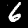
Digit: 6